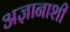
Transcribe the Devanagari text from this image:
अज्ञानाशी